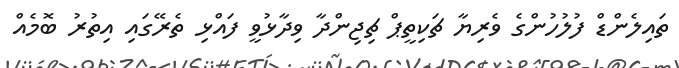
ތައިލެންޑް ފުލުހުންގެ ވެރިޔާ ޗަކިތީޕް ޗިޖިންދާ ވިދާޅުވީ ފައްޅި ތެރޭގައި އިތުރު ބޮމެއް